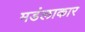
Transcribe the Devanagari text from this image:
मडंलाकार